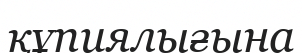
құпиялығына